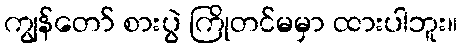
ကျွန်တော် စားပွဲ ကြိုတင်မမှာ ထားပါဘူး။